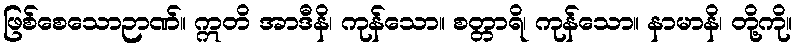
ဖြစ်စေသောဉာဏ်။ ဣတိ အာဒီနိ၊ ကုန်သော။ စတ္တာရိ၊ ကုန်သော။ နာမာနိ၊ တို့ကို။